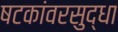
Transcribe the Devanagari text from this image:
षटकांवरसुद्धा